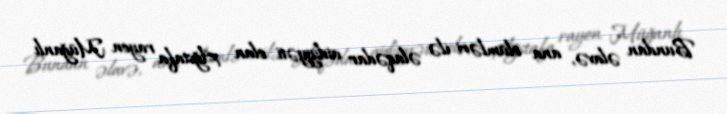
Bundan əlavə, ana ölümləri ilə əlaqədar aidiyyəti olan Ağstafa rayon Müğanlı